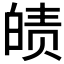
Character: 𤾀